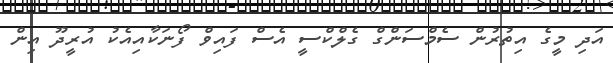
އަދި މީގެ އިތުރުން ސެމްސަންގް ގެލްކްސީ އެސް ފައިވް ފޯނަކާއިއެކު އުރީދޫ އިން